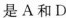
是A和D